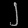
Digit: ၂